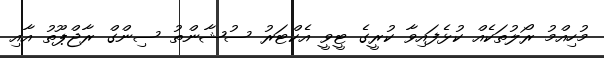
މުހިއްމު ރޯލުތަކެއް ކުޅެފައިވާ ކުރީގެ ޓީވީ އެކްޓަރު ސުޝާންތު ސިންގް ރާޖްޕޫތު އާއި